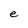
Character: e